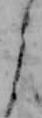
よ